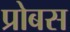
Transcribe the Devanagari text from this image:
प्रोबस